Report of an investigation of the epidemic of malarial fever in Assam, or, kala-azar
Disease focus: Malaria
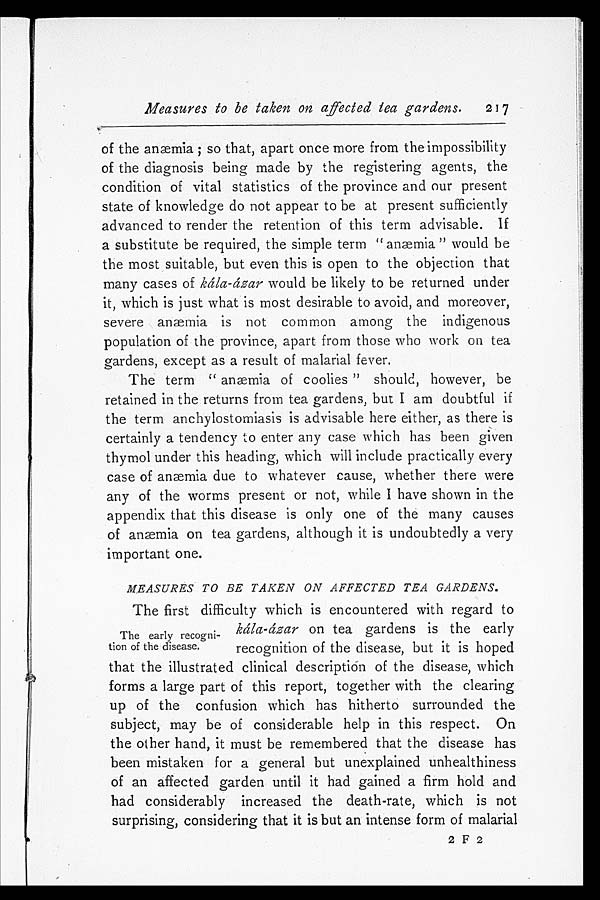
Measures to be taken on affected lea gardens.
217
of the anæmia; so that, apart once more from the impossibility
of the diagnosis being made by the registering agents, the
condition of vital statistics of the province and our present
state of knowledge do not appear to be at present sufficiently
advanced to render the retention of this term advisable. If
a substitute be required, the simple term "anæmia" would be
the most suitable, but even this is open to the objection that
many cases of kála-ázar would be likely to be returned under
it, which is just what is most desirable to avoid, and moreover,
severe anæmia is not common among the indigenous
population of the province, apart from those who work on tea
gardens, except as a result of malarial fever.
The term "anæmia of coolies" should, however, be
retained in the returns from tea gardens, but I am doubtful if
the term anchylostomiasis is advisable here either, as there is
certainly a tendency to enter any case which has been given
thymol under this heading, which will include practically every
case of anæmia due to whatever cause, whether there were
any of the worms present or not, while I have shown in the
appendix that this disease is only one of the many causes
of anæmia on tea gardens, although it is undoubtedly a very
important one.
MEASURES TO BE TAKEN ON AFFECTED TEA GARDENS.
The first difficulty which is encountered with regard to
kála-ázar on tea gardens is the early
recognition of the disease, but it is hoped
that the illustrated clinical description of the disease, which
forms a large part of this report, together with the clearing
up of the confusion which has hitherto surrounded the
subject, may be of considerable help in this respect. On
the other hand, it must be remembered that the disease has
been mistaken for a general but unexplained unhealthiness
of an affected garden until it had gained a firm hold and
had considerably increased the death-rate, which is not
surprising, considering that it is but an intense form of malarial
2 F 2
The early recogni
-tion of the disease.